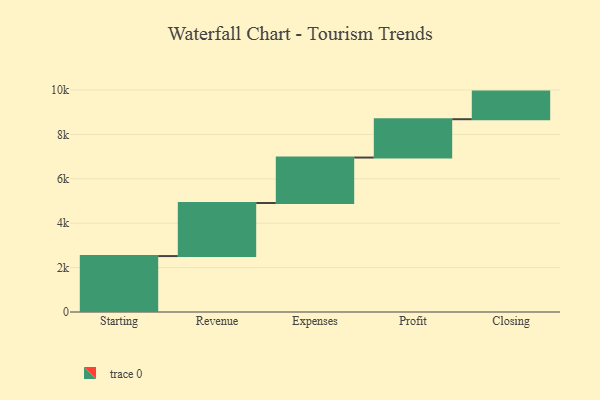
{"axis": {"x": "Step", "y": "Value"}, "legend": [""], "data": [{"x": "Starting", "y": 2519.0, "type": ""}, {"x": "Revenue", "y": 2392.0, "type": ""}, {"x": "Expenses", "y": 2047.0, "type": ""}, {"x": "Profit", "y": 1727.0, "type": ""}, {"x": "Closing", "y": 1244.0, "type": ""}]}